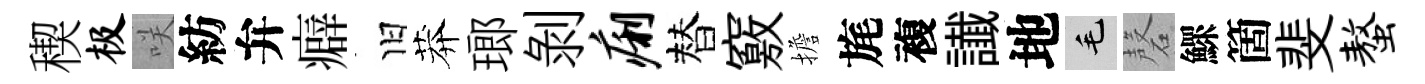
稧极咲紡弁癖旧莽瑯剝痢替竅擔旄複䜟地毛磬鰥箇斐螯